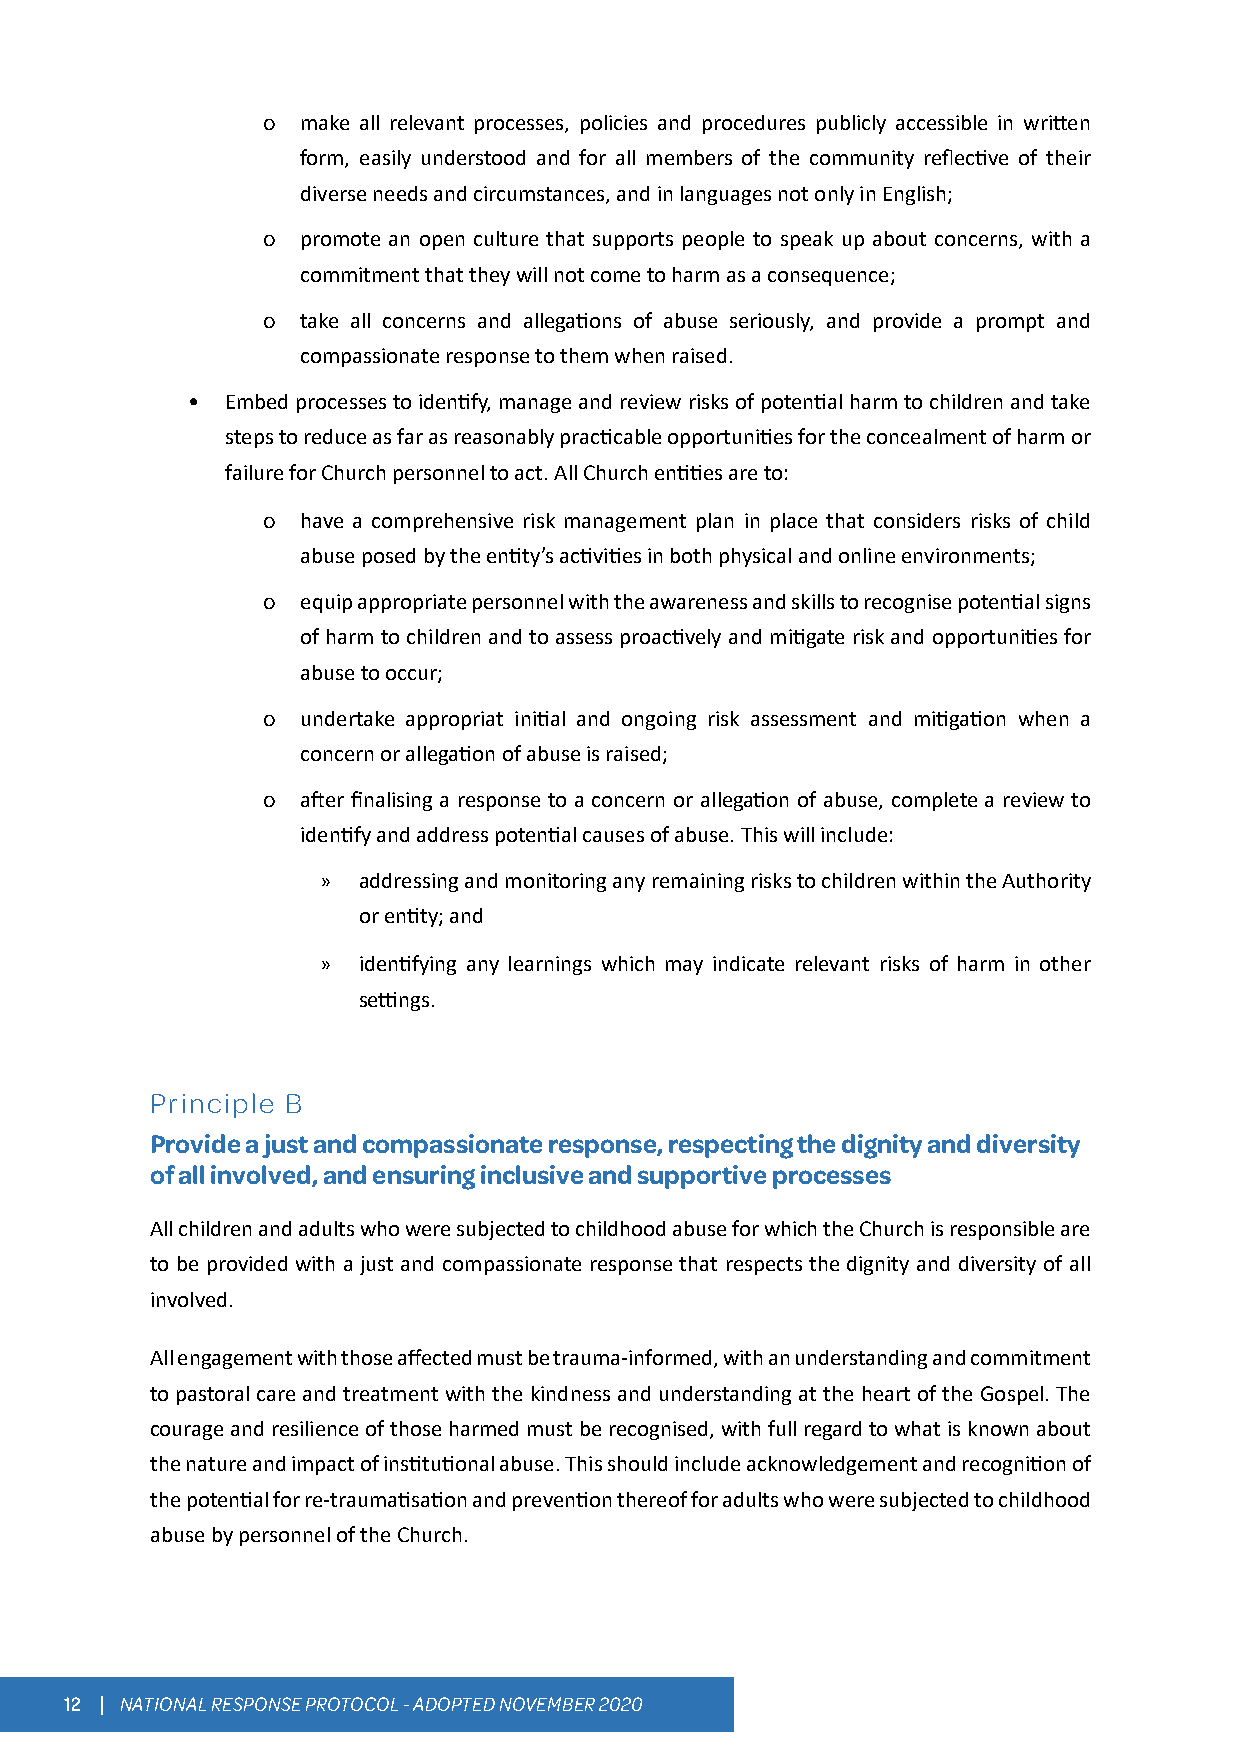
o  make all relevant processes, policies and procedures publicly accessible in written
 form, easily understood and for all members of the community reflective of their
 diverse needs and circumstances, and in languages not only in English;
 o  promote an open culture that supports people to speak up about concerns, with a
 commitment that they will not come to harm as a consequence;
 o  take all concerns and allegations of abuse seriously, and provide a prompt and
 compassionate response to them when raised.
 •  Embed processes to identify, manage and review risks of potential harm to children and take
 steps to reduce as far as reasonably practicable opportunities for the concealment of harm or
 failure for Church personnel to act. All Church entities are to:
 o  have a comprehensive risk management plan in place that considers risks of child
 abuse posed by the entity’s activities in both physical and online environments;
 o  equip appropriate personnel with the awareness and skills to recognise potential signs
 of harm to children and to assess proactively and mitigate risk and opportunities for
 abuse to occur;
 o  undertake appropriat initial and ongoing risk assessment and mitigation when a
 concern or allegation of abuse is raised;
 o  after finalising a response to a concern or allegation of abuse, complete a review to
 identify and address potential causes of abuse. This will include:
 »  addressing and monitoring any remaining risks to children within the Authority
 or entity; and
 »  identifying any learnings which may indicate relevant risks of harm in other
 settings.
 Principle B
 Provide a just and compassionate response, respecting the dignity and diversity
 of all involved, and ensuring inclusive and supportive processes
 All children and adults who were subjected to childhood abuse for which the Church is responsible are
 to be provided with a just and compassionate response that respects the dignity and diversity of all
 involved.
 All engagement with those affected must be trauma-informed, with an understanding and commitment
 to pastoral care and treatment with the kindness and understanding at the heart of the Gospel. The
 courage and resilience of those harmed must be recognised, with full regard to what is known about
 the nature and impact of institutional abuse. This should include acknowledgement and recognition of
 the potential for re-traumatisation and prevention thereof for adults who were subjected to childhood
 abuse by personnel of the Church.
 12 | NATIONAL RESPONSE PROTOCOL - ADOPTED NOVEMBER 2020